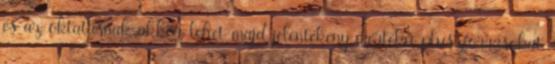
és az oktatásnak akkor lehet majd jelentékeny mértékű pluszforrásokat